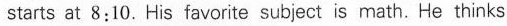
starts at 8:10. His favorite subject is math. He thinks